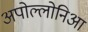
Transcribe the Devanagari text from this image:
अपोल्लोनिआ